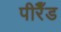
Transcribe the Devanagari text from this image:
पीरैँड